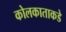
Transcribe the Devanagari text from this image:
कोलकाताकडे